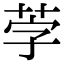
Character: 茡